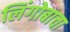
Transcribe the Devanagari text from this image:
लिंगोबाचा